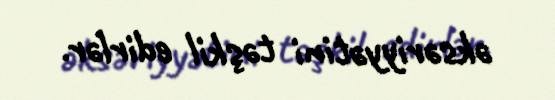
əksəriyyətini təşkil edirlər.